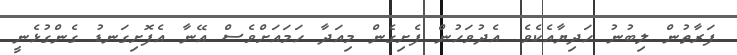
ފަރާތުން ލިބުނު ހަދިޔާއެކެވެ. އެދުވަހުން ފެށިގެން މިއަދާ ހަމައަށްވެސް އޭނާ އެފޮށިގަނޑު ގެންގުޅެނީ